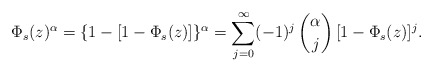
\begin{align*}\Phi_s(z)^\alpha=\{1-[1-\Phi_s(z)]\}^\alpha=\sum_{j=0}^\infty(-1)^j\,\binom{\alpha}{j}\,[1-\Phi_s(z)]^j.\end{align*}